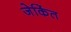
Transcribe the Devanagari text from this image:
जेकिंत